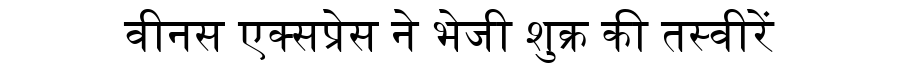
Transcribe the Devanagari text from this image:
वीनस एक्सप्रेस ने भेजी शुक्र की तस्वीरें